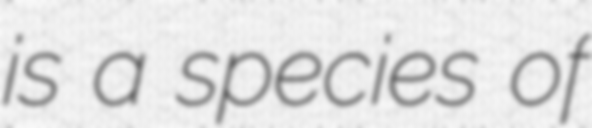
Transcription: is a species of